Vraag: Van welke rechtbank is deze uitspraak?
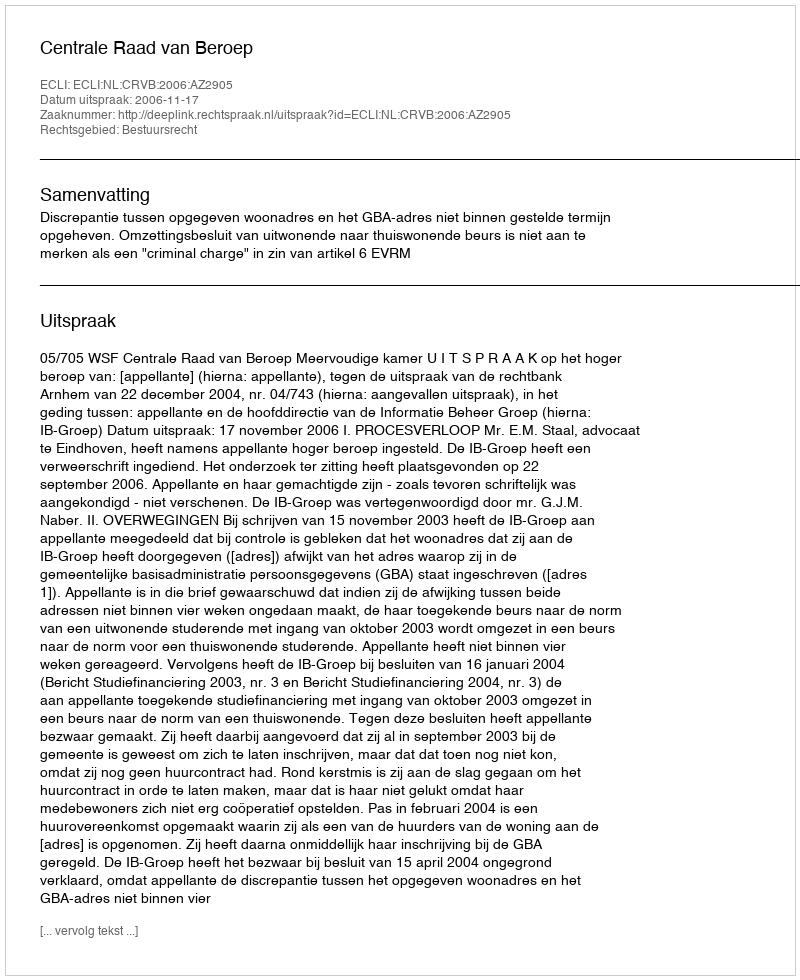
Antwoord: Centrale Raad van Beroep